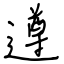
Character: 遵